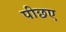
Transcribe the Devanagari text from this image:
पीछए